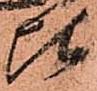
比